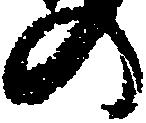
の